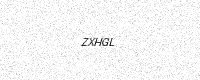
Text: ZXHGL